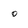
Character: o